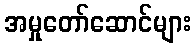
အမှုတော်ဆောင်များ